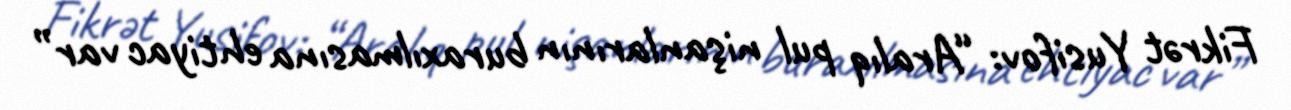
Fikrət Yusifov: “Aralıq pul nişanlarının buraxılmasına ehtiyac var”